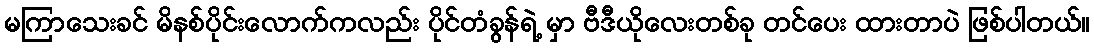
မကြာသေးခင် မိနစ်ပိုင်းလောက်ကလည်း ပိုင်တံခွန်ရဲ့ မှာ ဗီဒီယိုလေးတစ်ခု တင်ပေး ထားတာပဲ ဖြစ်ပါတယ်။